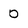
Character: 0